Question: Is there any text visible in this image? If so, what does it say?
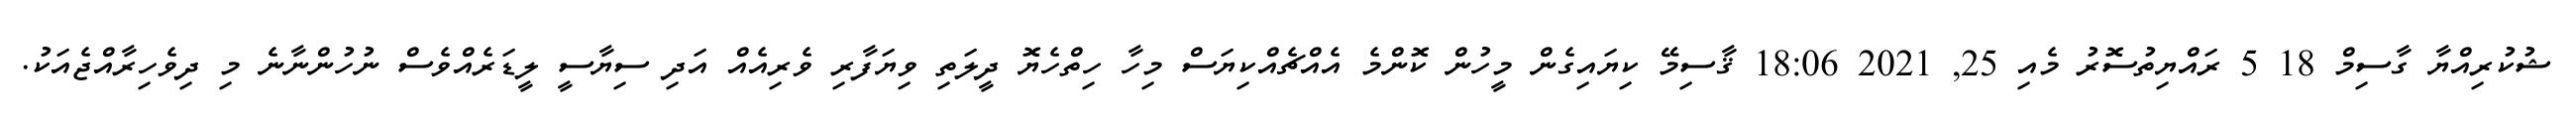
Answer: ޝުކުރިއްޔާ ގާސިމް 18 5 ރައްޔިތުސޮރު މެއި 25, 2021 18:06 ޤާސިމޭ ކިޔައިގެން މީހުން ކޮންމެ އެއްޗެއްކިޔަސް މިހާ ހިތްހެޔޮ ދީލަތި ވިޔަފާރި ވެރިއެއް އަދި ސިޔާސީ ލީޑަރެއްވެސް ނުހުންނާނެ މި ދިވެހިރާއްޖެއަކު.